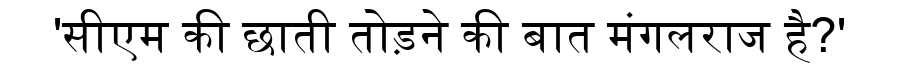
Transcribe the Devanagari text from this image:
'सीएम की छाती तोड़ने की बात मंगलराज है?'